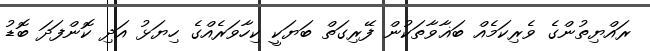
ރައްޔިތުންގެ ވެރިކަމެއް ބަޣާވާތަކުން ފޭރިގަތް ބަޔަކީ ކިހާވަރެއްގެ ހިޔަޅު އަދި ކޮންފަދަ ބޮޑު